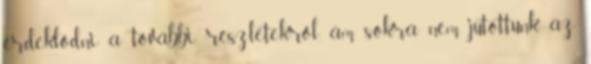
érdeklődni a további részletekről, ám sokra nem jutottunk, az